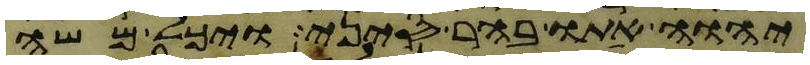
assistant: יהוה אתו בהר סיני ויכל משה